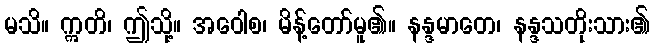
မသိ။ ဣတိ၊ ဤသို့။ အဝေါစ၊ မိန့်တော်မူ၏။ နန္ဒမာတေ၊ နန္ဒသတိုးသား၏